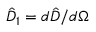
\hat { D } _ { 1 } = d \hat { D } / d \Omega